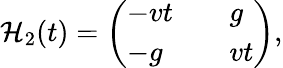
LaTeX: {\cal H}_{2}(t)=\left(\begin{array}{lll}{-vt}&{}&{g}\\ {-g}&{}&{vt}\end{array}\right),